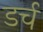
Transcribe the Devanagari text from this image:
डर्च